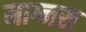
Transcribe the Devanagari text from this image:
माग्नस